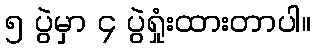
၅ ပွဲမှာ ၄ ပွဲရှုံးထားတာပါ။